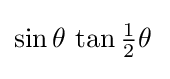
\sin \theta \,\tan {\tfrac {1}{2}}\theta \,{\vphantom {\Big |}}